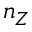
n _ { Z }